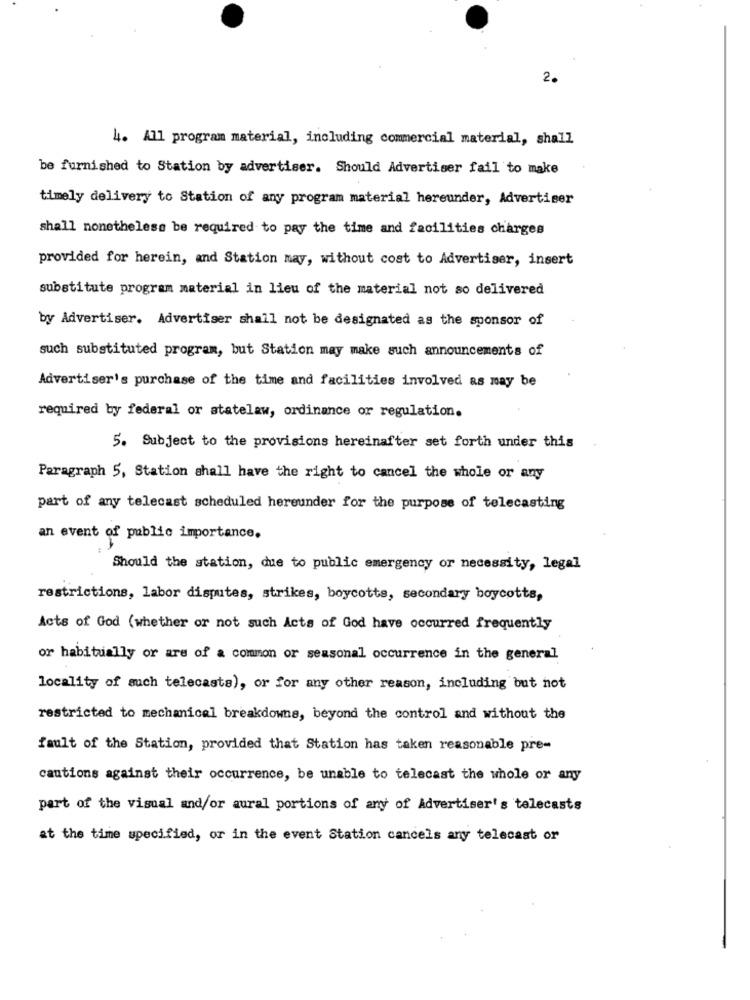
2.
4. All program material, including commercial material, shall
be furnished to Station by advertiser. Should Advertiser fail to make
timely delivery to Station of any program material hereunder, Advertiser
shall nonetheless be required to pay the time and facilities charges
provided for herein, and Station may, without cost to Advertiser, insert
substitute program material in lieu of the material not so delivered
by Advertiser. Advertiser shall not be designated as the sponsor of
such substituted program, but Station may make such announcements of
Advertiser's purchase of the time and facilities involved as may be
required by federal or statelaw, ordinance or regulation.
5. Subject to the provisions hereinafter set forth under this
Paragraph 5, Station shall have the right to cancel the whole or any
part of any telecast scheduled hereunder for the purpose of telecasting
an event of public importance.
Should the station, due to public emergency or necessity, legal
restrictions, labor disputes, strikes, boycotts, secondary boycotts,
Acts of God (whether or not such Acts of God have occurred frequently
or habitually or are of a common or seasonal occurrence in the general
locality of such telecasts), or for any other reason, including but not
restricted to mechanical breakdowns, beyond the control and without the
fault of the Station, provided that Station has taken reasonable pre-
cautions against their occurrence, be unable to telecast the whole or any
part of the visual and/or aural portions of any of Advertiser's telecasts
at the time specified, or in the event Station cancels any telecast or